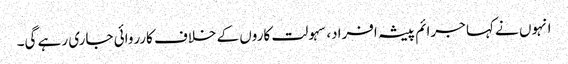
انہوں نے کہا جرائم پیشہ افراد، سہولت کاروں کے خلاف کارروائی جاری رہے گی۔